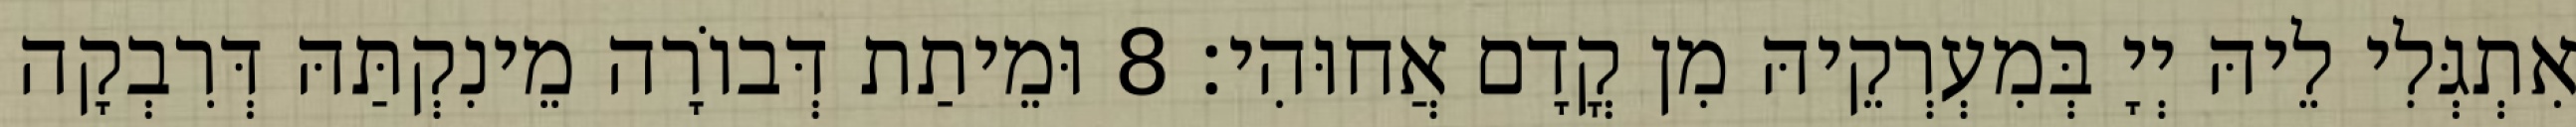
אִתְגְּלִי לֵיהּ יְיָ בְּמִעְרְקֵיהּ מִן קֳדָם אֲחוּהִי׃ 8 וּמֵיתַת דְּבוֹרָה מֵינִקְתַּהּ דְּרִבְקָה